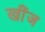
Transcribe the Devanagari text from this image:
खींज